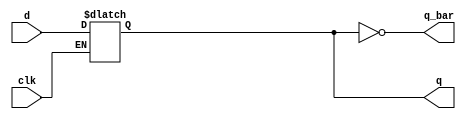
module _dlatch(clk, d, q, q_bar);
	input clk;
	input d;
	output q, q_bar;
	reg q;

	always @(clk or d) begin
		if(clk == 1)		// when clk is on
			q <= d;		// insert non-blocking value
		end
	assign q_bar = ~q;		// assign not q
	
endmodule